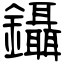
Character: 鑷